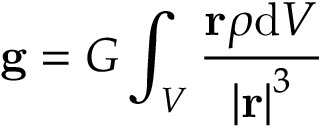
\mathbf { g } = G \int _ { V } { \frac { \mathbf { r } \rho \mathrm { d } { V } } { \left| \mathbf { r } \right| ^ { 3 } } } \,